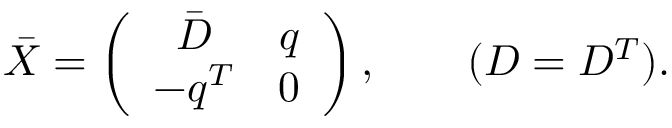
\bar { X } = \left( \begin{array} { c c } { { \bar { D } } } & { { q } } \\ { { - q ^ { T } } } & { { 0 } } \end{array} \right) , ~ ~ ~ ~ ~ ~ ( D = D ^ { T } ) .